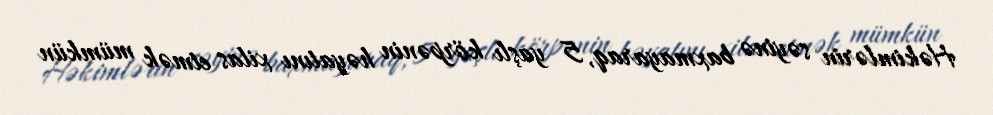
Həkimlərin səyinə baxmayaraq, 5 yaşlı körpənin həyatını xilas etmək mümkün